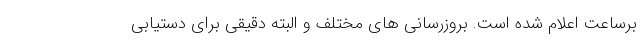
برساعت اعلام شده است. بروزرسانی های مختلف و البته دقیقی برای دستیابی